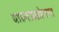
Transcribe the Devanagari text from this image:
वाहनऊद्योगात